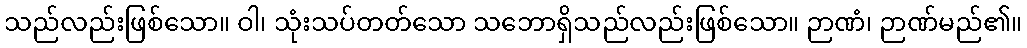
သည်လည်းဖြစ်သော။ ဝါ၊ သုံးသပ်တတ်သော သဘောရှိသည်လည်းဖြစ်သော။ ဉာဏံ၊ ဉာဏ်မည်၏။